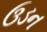
ઉડન